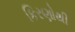
કિરણોથી